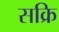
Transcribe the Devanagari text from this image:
सक्रि